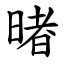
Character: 暏